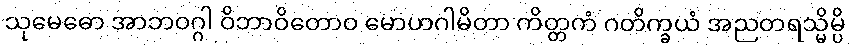
သုမေဓော အာဘဝဂ္ဂါ ဝိဘာဝိတောဝ မောဟဂါမိတာ ကိတ္တကံ ဂတိက္ခယံ အညတရသ္မိမ္ပိ